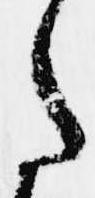
た